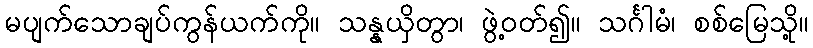
မပျက်သောချပ်ကွန်ယက်ကို။ သန္နယှိတွာ၊ ဖွဲ့ဝတ်၍။ သင်္ဂါမံ၊ စစ်မြေသို့။